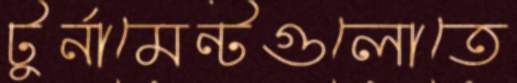
টুর্নামেন্টগুলোতে